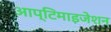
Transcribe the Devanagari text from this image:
आप्टिमाइजेशन